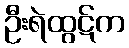
ဦးရဲထွဋ်က